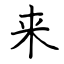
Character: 来